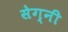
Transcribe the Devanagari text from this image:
सेग्नी